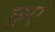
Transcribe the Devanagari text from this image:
छूएं